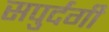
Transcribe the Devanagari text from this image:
सपुर्दगी